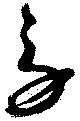
勞